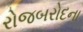
રોજબરોદના